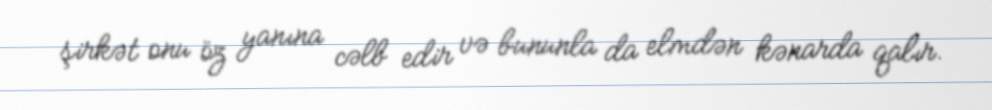
şirkət onu öz yanına cəlb edir və bununla da elmdən kənarda qalır.